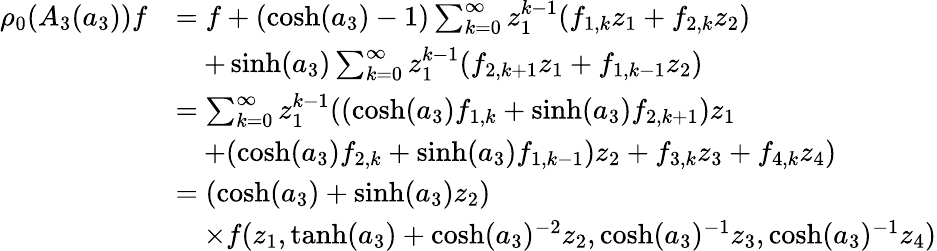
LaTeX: \begin{array}{rl}{\rho_{0}(A_{3}(a_{3}))f}&{=f+(\cosh(a_{3})-1)\sum_{k=0}^{\infty}z_{1}^{k-1}(f_{1,k}z_{1}+f_{2,k}z_{2})}\\ &{\quad+\sinh(a_{3})\sum_{k=0}^{\infty}z_{1}^{k-1}(f_{2,k+1}z_{1}+f_{1,k-1}z_{2})}\\ &{=\sum_{k=0}^{\infty}z_{1}^{k-1}((\cosh(a_{3})f_{1,k}+\sinh(a_{3})f_{2,k+1})z_{1}}\\ &{\quad+(\cosh(a_{3})f_{2,k}+\sinh(a_{3})f_{1,k-1})z_{2}+f_{3,k}z_{3}+f_{4,k}z_{4})}\\ &{=(\cosh(a_{3})+\sinh(a_{3})z_{2})}\\ &{\quad\times f(z_{1},\operatorname{tanh}(a_{3})+\cosh(a_{3})^{-2}z_{2},\cosh(a_{3})^{-1}z_{3},\cosh(a_{3})^{-1}z_{4})}\end{array}